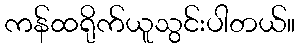
ကန်ထရိုက်ယူသွင်းပါတယ်။